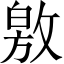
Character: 敫